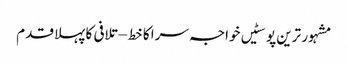
مشہور ترین پوسٹیں	خواجہ سرا کا خط – تلافی کا پہلا قدم